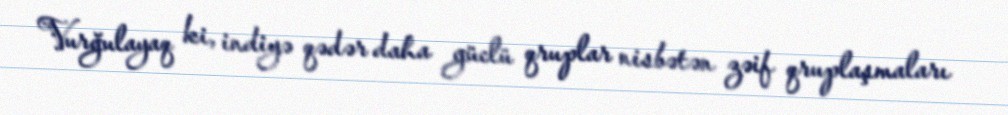
Vurğulayaq ki, indiyə qədər daha güclü qruplar nisbətən zəif qruplaşmaları